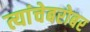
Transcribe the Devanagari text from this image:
त्यांचेबरोबर